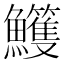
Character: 𩽕